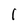
Character: l